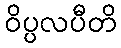
ဝိပ္ပလပီတိ